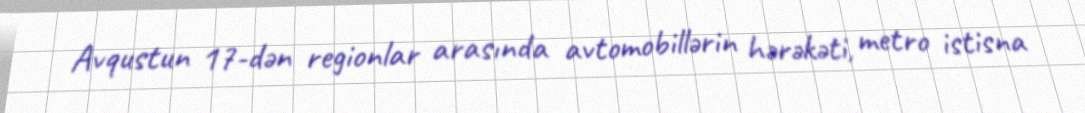
Avqustun 17-dən regionlar arasında avtomobillərin hərəkəti, metro istisna